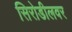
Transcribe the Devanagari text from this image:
सिरोडीलवर